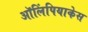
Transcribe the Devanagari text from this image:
ऑलिंपियाकेस